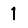
Digit: 1